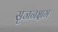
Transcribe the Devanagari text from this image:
सृजनक्षम